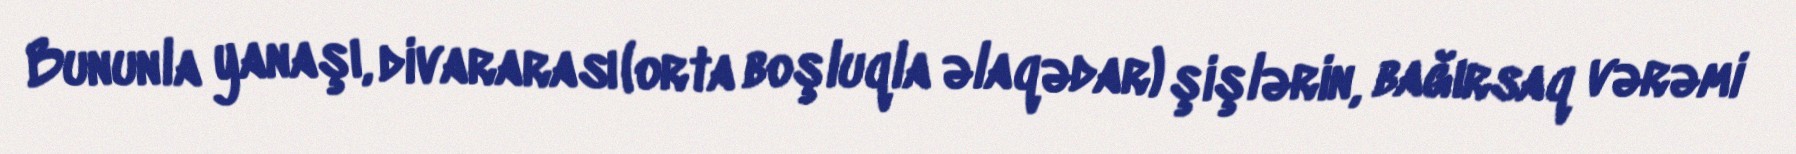
Bununla yanaşı, divararası (orta boşluqla əlaqədar) şişlərin, bağırsaq vərəmi